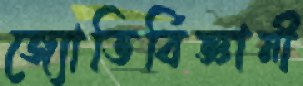
জ্যোতির্বিজ্ঞানী